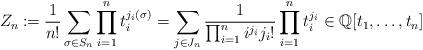
LaTeX: \begin{align*}Z_n \coloneqq \frac{1}{n!}\sum_{\sigma\in S_n} \prod_{i=1}^n t_i^{j_i(\sigma)} = \sum_{j\in J_n} \frac{1}{\prod_{i=1}^n i^{j_i} j_i!} \prod_{i=1}^n t_i^{j_i} \in \mathbb Q[t_1,\dots,t_n]\end{align*}